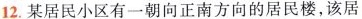
12.某居民小区有一朝向正南方向的居民楼，该居